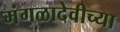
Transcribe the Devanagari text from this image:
मंगळादेवीच्या